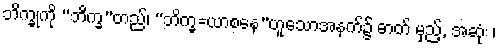
ဘိက္ခုကို “ဘိက္ခ”တည်၊ “ဘိက္ခ=ယာစနေ”ဟူသောအနက်၌ ဓာတ် မှည့်, အဆုံး ၊